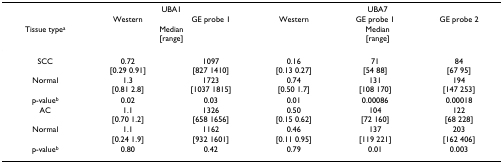
<table><thead><tr><td></td><td colspan="2"><b>UBA1</b></td><td colspan="3"><b>UBA7</b></td></tr><tr><td></td><td><b>Western</b></td><td><b>GE probe 1</b></td><td><b>Western</b></td><td><b>GE probe 1</b></td><td><b>GE probe 2</b></td></tr><tr><td><b>Tissue type<sup>a</sup></b></td><td colspan="2"><b>Median[range]</b></td><td colspan="3"><b>Median[range]</b></td></tr></thead><tbody><tr><td>SCC</td><td>0.72[0.29 0.91]</td><td>1097[827 1410]</td><td>0.16[0.13 0.27]</td><td>71[54 88]</td><td>84[67 95]</td></tr><tr><td>Normal</td><td>1.3[0.81 2.8]</td><td>1723[1037 1815]</td><td>0.74[0.50 1.7]</td><td>131[108 170]</td><td>194[147 253]</td></tr><tr><td>p-value<sup>b</sup></td><td>0.02</td><td>0.03</td><td>0.01</td><td>0.00086</td><td>0.00018</td></tr><tr><td>AC</td><td>1.1[0.70 1.2]</td><td>1326[658 1656]</td><td>0.50[0.15 0.62]</td><td>104[72 160]</td><td>122[68 228]</td></tr><tr><td>Normal</td><td>1.1[0.24 1.9]</td><td>1162[932 1601]</td><td>0.46[0.11 0.95]</td><td>137[119 221]</td><td>203[162 406]</td></tr><tr><td>p-value<sup>b</sup></td><td>0.80</td><td>0.42</td><td>0.79</td><td>0.01</td><td>0.003</td></tr></tbody></table>